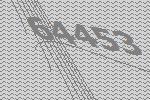
64453